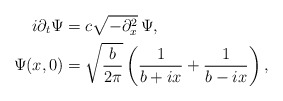
\begin{align*}i\partial_{t}\Psi &= c\sqrt{-\partial_{x}^{2}}\, \Psi, \\\Psi(x, 0) &= \sqrt{\frac{b}{2\pi}} \left(\frac{1}{b + ix} + \frac{1}{b - ix}\right), \end{align*}